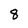
Character: 8